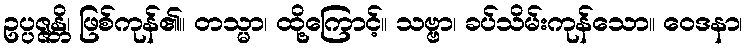
ဥပ္ပဇ္ဇန္တိ၊ ဖြစ်ကုန်၏။ တသ္မာ၊ ထို့ကြောင့်။ သဗ္ဗာ၊ ခပ်သိမ်းကုန်သော။ ဝေဒနာ၊